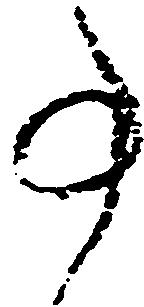
事